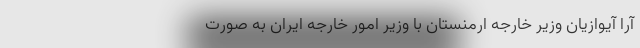
آرا آیوازیان وزیر خارجه ارمنستان با وزیر امور خارجه ایران به صورت